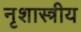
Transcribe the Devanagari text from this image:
नृशास्त्रीय